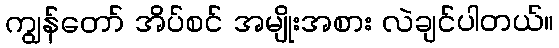
ကျွန်တော် အိပ်စင် အမျိုးအစား လဲချင်ပါတယ်။